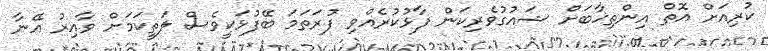
ކުރިއަށް އޮތް އިންތިޚާބަށް ޝައުގުވެރިކަން ފާޅުކުރެއްވި ފުރަތަމަ ބޭފުޅަކީވެސް ލަތީކަމަށް ވާއިރު އޭނާ